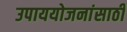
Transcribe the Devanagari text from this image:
उपाययोजनांसाठी